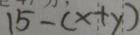
1 5 - ( x + y )